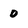
Character: 0